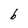
Character: b